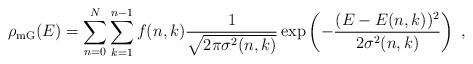
LaTeX: \begin{align*}\rho_{\mathrm{mG}}(E)=\sum_{n=0}^N\sum_{k=1}^{n-1}f(n,k)\frac{1}{\sqrt{2\pi \sigma^2(n,k)}}\exp\left ( -\frac{(E-E(n,k))^2}{2\sigma^2(n,k)}\right )\ ,\end{align*}